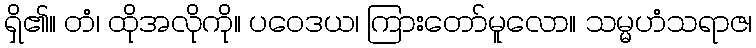
ရှိ၏။ တံ၊ ထိုအလိုကို။ ပဝေဒယ၊ ကြားတော်မူလော။ သမ္မဟံသရာဇ၊